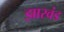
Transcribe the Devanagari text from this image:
झारवंड